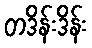
တဒိန်းဒိန်း